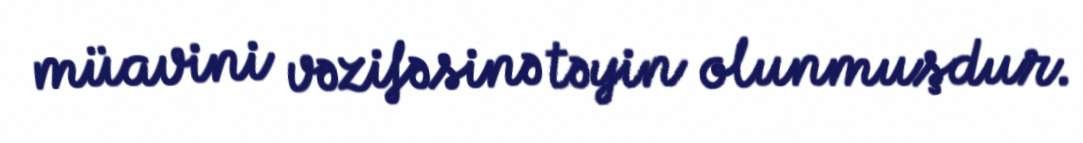
müavini vəzifəsinə təyin olunmuşdur.